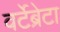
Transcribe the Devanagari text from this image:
वर्टेब्रेटा